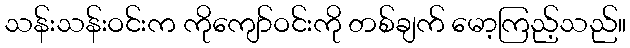
သန်းသန်းဝင်းက ကိုကျော်ဝင်းကို တစ်ချက် မော့ကြည့်သည်။